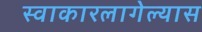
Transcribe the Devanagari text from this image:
स्वाकारलागेल्यास